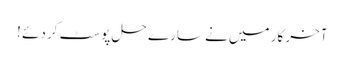
آخر کار میں نے سارے حل پوسٹ کر دئے !